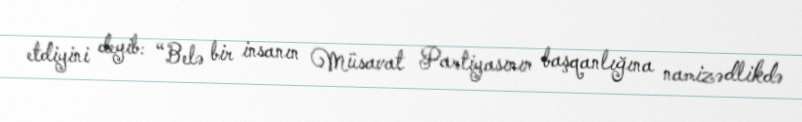
etdiyini deyib: “Belə bir insanın Müsavat Partiyasının başqanlığına namizədlikdə